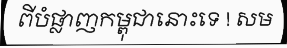
ពីបំផ្លាញកម្ពុជានោះទេ ! សម